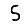
Digit: 5